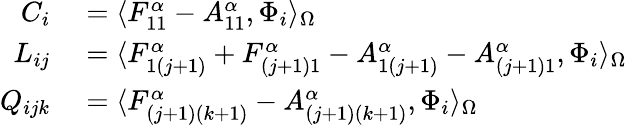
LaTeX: \begin{array}{rl}{C_{i}}&{{}=\langle F_{11}^{\alpha}-A_{11}^{\alpha},\Phi_{i}\rangle_{\Omega}}\\ {L_{ij}}&{{}=\langle F_{1(j+1)}^{\alpha}+F_{(j+1)1}^{\alpha}-A_{1(j+1)}^{\alpha}-A_{(j+1)1}^{\alpha},\Phi_{i}\rangle_{\Omega}}\\ {Q_{ijk}}&{{}=\langle F_{(j+1)(k+1)}^{\alpha}-A_{(j+1)(k+1)}^{\alpha},\Phi_{i}\rangle_{\Omega}}\end{array}